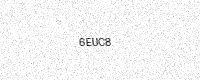
Text: 6EUC8